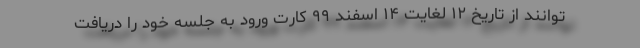
‌توانند از تاریخ ۱۲ لغایت ۱۴ اسفند ۹۹ کارت ورود به جلسه خود را دریافت